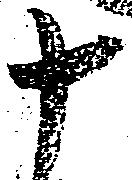
十